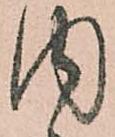
内